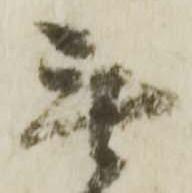
無